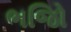
ભજિો